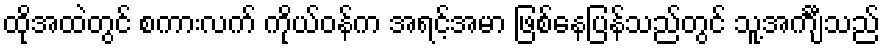
ထိုအထဲတွင် စကားလက် ကိုယ်ဝန်က အရင့်အမာ ဖြစ်နေပြန်သည်တွင် သူ့အင်္ကျီသည်